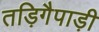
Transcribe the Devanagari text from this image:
तड़िगैपाड़ी